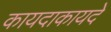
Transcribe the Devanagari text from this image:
कायदाकायदे